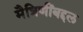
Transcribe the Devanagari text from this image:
मैत्रिणींबद्दल